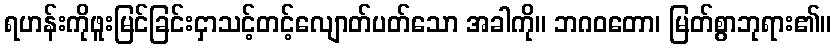
ရဟန်းကိုဖူးမြင်ခြင်းငှာသင့်တင့်လျောတ်ပတ်သော အခါကို။ ဘဂဝတော၊ မြတ်စွာဘုရား၏။